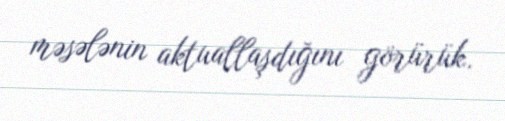
məsələnin aktuallaşdığını görürük.